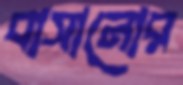
বাসানোর